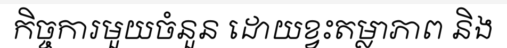
កិច្ចការមួយចំនួន ដោយខ្វះតម្លាភាព និង